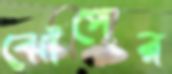
ঝোঁপের